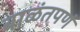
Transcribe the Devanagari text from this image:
बाळंतपणं